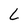
Character: L